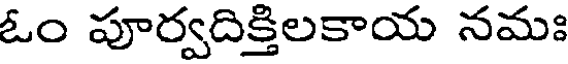
ఓం పూర్వదిక్తిలకాయ నమః